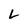
Character: L